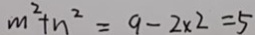
m ^ { 2 } + n ^ { 2 } = 9 - 2 \times 2 = 5